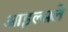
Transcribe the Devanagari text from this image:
आइल्सले